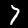
Digit: 7